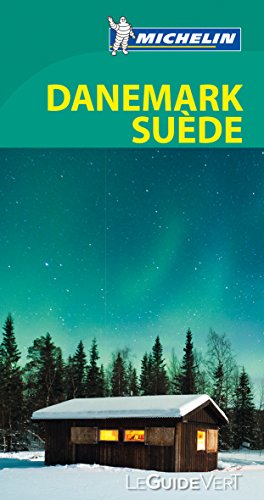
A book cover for Guide vert Danemark Suede [green guide Denmark Sweden] (French Edition); Michelin; Travel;